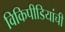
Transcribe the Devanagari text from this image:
विकिपीडियांची